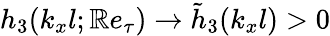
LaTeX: h_{3}(k_{x}l;\mathbb{R}e_{\tau})\rightarrow\tilde{{h}}_{3}(k_{x}l)>0